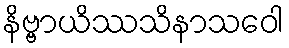
နိဗ္ဗာယိဿသိနာသဝေါ